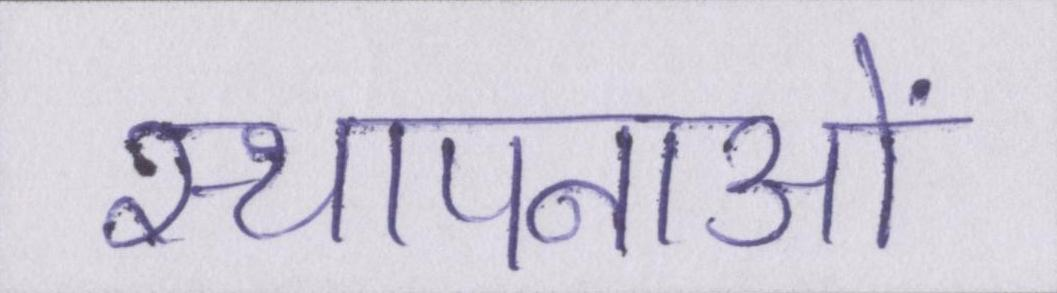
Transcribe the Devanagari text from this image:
स्थापनाओं